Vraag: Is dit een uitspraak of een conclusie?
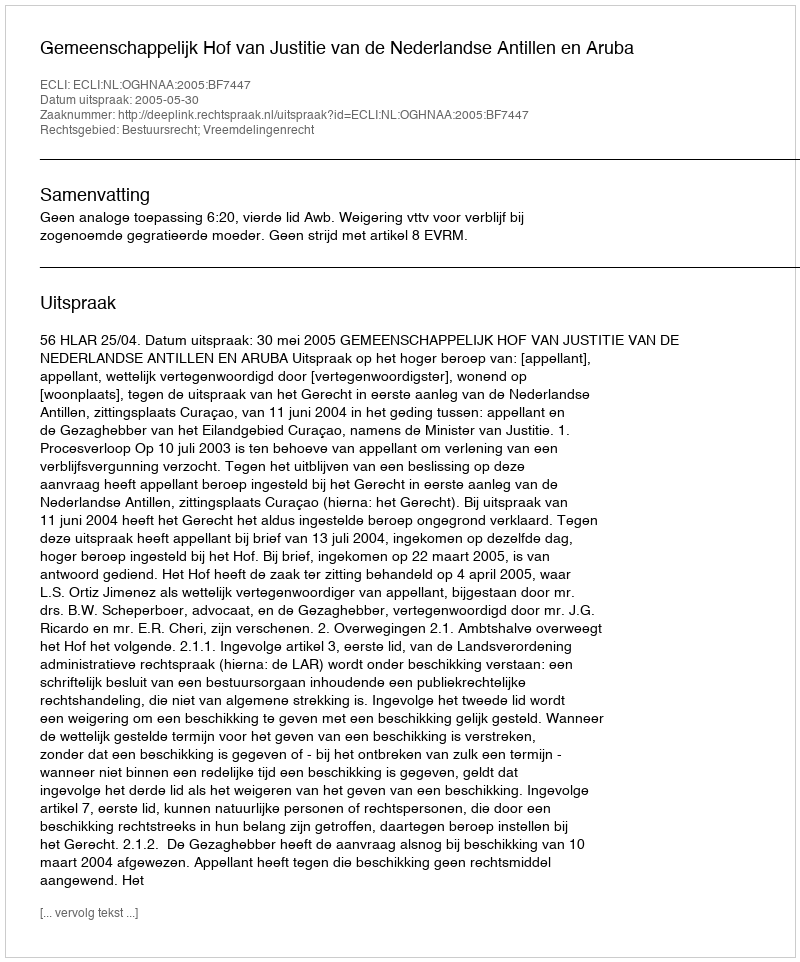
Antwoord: Uitspraak